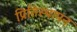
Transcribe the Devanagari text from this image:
प्रितिस्थापन